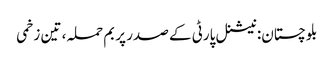
بلوچستان: نیشنل پارٹی کے صدر پر بم حملہ، تین زخمی